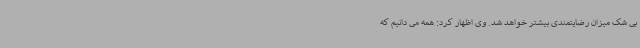
بی شک میزان رضایتمندی بیشتر خواهد شد. وی اظهار کرد: همه می دانیم که